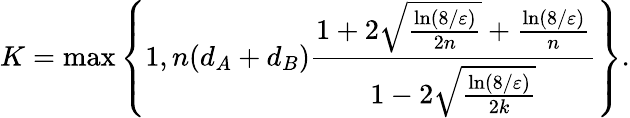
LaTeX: K=\operatorname*{max}\left\{ 1,n(d_{A}+d_{B})\frac{1+2\sqrt{\frac{\ln(8/\varepsilon)}{2n}}+\frac{\ln(8/\varepsilon)}{n}}{1-2\sqrt{\frac{\ln(8/\varepsilon)}{2k}}}\right\} .